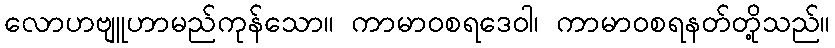
လောဟဗျူဟာမည်ကုန်သော။ ကာမာဝစရဒေဝါ၊ ကာမာဝစရနတ်တို့သည်။